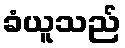
ခံယူသည်